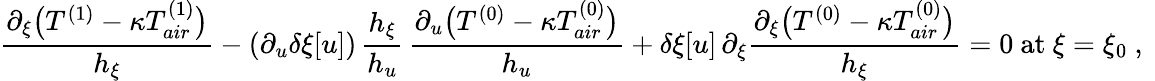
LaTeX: {{\frac{\partial_{\xi}\big(T^{(1)}-\kappa T_{air}^{(1)}\big)}{h_{\xi}}}}-(\partial_{u}\delta\xi[u])\, \frac{h_{\xi}}{h_{u}}\, \frac{\partial_{u}\big(T^{(0)}-\kappa T_{air}^{(0)}\big)}{h_{u}}+\delta\xi[u]\, {\partial_{\xi}{\frac{\partial_{\xi}\big(T^{(0)}-\kappa T_{air}^{(0)}\big)}{h_{\xi}}}}=0\mathrm{~at~}\xi=\xi_{0}\ ,\